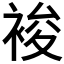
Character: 𧚉